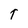
Character: T